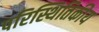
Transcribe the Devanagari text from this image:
परिस्थितिकीय